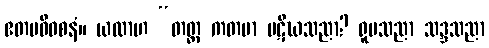
ဧတမဓိဝစနံ။ ယထာဟ “တတ္ထ ကတမာ ပဋိဃသညာ? ရူပသညာ သဒ္ဒသညာ